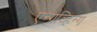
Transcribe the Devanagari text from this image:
एन्ग्रव्हिन्ग